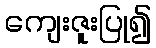
ကျေးဇူးပြု၍